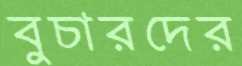
বুচারদের